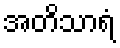
အတိသာရံ